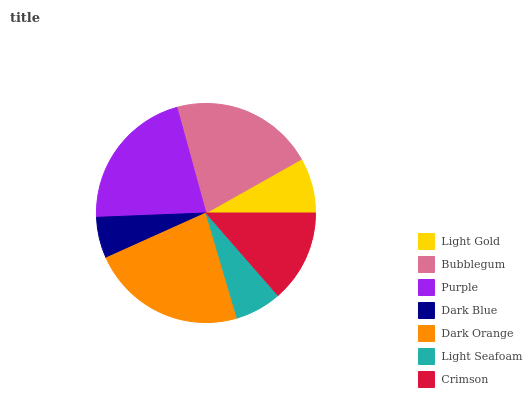
| Light Gold | Bubblegum | Purple | Dark Blue | Dark Orange | Light Seafoam | Crimson |
 | --- | --- | --- | --- | --- | --- | --- |
 | 8.16% | 21.1% | 21.3% | 6.09% | 22.9% | 6.84% | 13.6% |